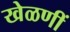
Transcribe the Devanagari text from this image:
खेळणीं